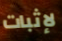
لإثبات